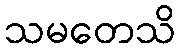
သမတေသိ